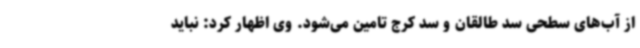
از آب‌های سطحی سد طالقان و سد کرج تامین می‌شود. وی اظهار کرد: نباید